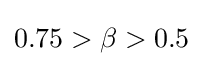
0.75>\beta >0.5